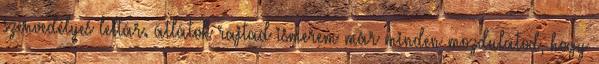
szenvedélyes leltár. átlátok rajtad ismerem már minden mozdulatod, hogy